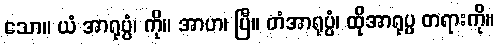
သော။ ယံ အာရုပ္ပံ၊ ကို။ အာဟ၊ ပြီ။ တံအာရုပ္ပံ၊ ထိုအာရုပ္ပ တရားကို။